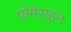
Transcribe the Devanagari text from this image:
पोमेराइन